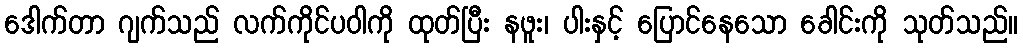
ဒေါက်တာ ဂျက်သည် လက်ကိုင်ပဝါကို ထုတ်ပြီး နဖူး၊ ပါးနှင့် ပြောင်နေသော ခေါင်းကို သုတ်သည်။